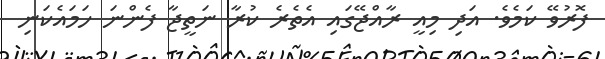
ފޮރުވޭ ކަމެވެ. އަދި މިއީ ރާއްޖޭގައި އެތެރެ ކުރާ ނަތީޖާ ފެންނަ ހަމައެކަނި